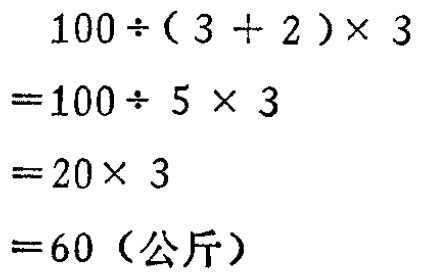
\[
\begin{align*}
&100\div(3 + 2)\times3\\
=&100\div5\times3\\
=&20\times3\\
=&60 \text{（公斤）}
\end{align*}
\]